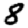
Digit: 8